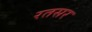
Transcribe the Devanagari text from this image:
रतसर